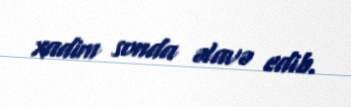
xadim sonda əlavə edib.